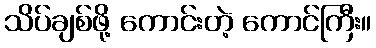
သိပ်ချစ်ဖို့ ကောင်းတဲ့ ကောင်ကြီး။